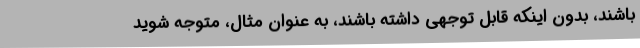
باشند، بدون اینکه قابل توجهی داشته باشند، به عنوان مثال، متوجه شوید